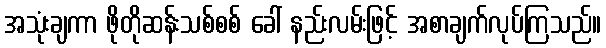
အသုံးချကာ ဖိုတိုဆန်းသစ်စစ် ခေါ် နည်းလမ်းဖြင့် အစာချက်လုပ်ကြသည်။